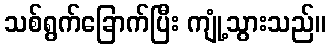
သစ်ရွက်ခြောက်ပြီး ကျုံ့သွားသည်။